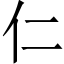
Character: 仁